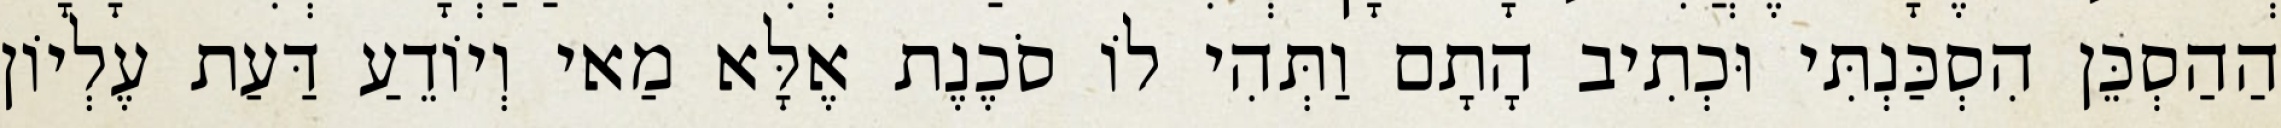
הַהַסְכֵּן הִסְכַּנְתִּי וּכְתִיב הָתָם וַתְּהִי לוֹ סֹכֶנֶת אֶלָּא מַאי וְיוֹדֵעַ דַּעַת עֶלְיוֹן